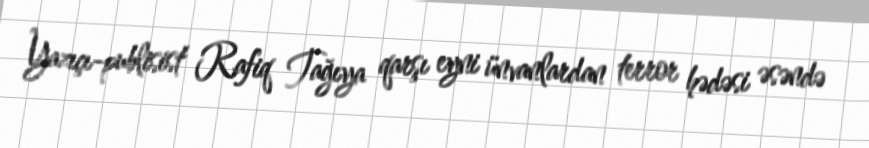
Yazıçı-publisist Rafiq Tağıya qarşı eyni ünvanlardan terror hədəsi əsəndə